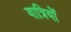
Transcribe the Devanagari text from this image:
यात्रियोँ